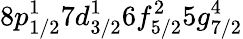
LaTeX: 8p_{1/2}^{1}7d_{3/2}^{1}6f_{5/2}^{2}5g_{7/2}^{4}